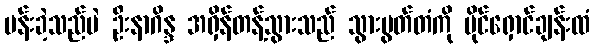
ပန်းခဲ့သည်ပဲ ဦးနာဂိန္ဒ အရှိန်တန့်သွားသည် သွားပွတ်တံကို ပိုင်ရှောင်ချန်းထံ